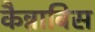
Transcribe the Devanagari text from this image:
कैन्नाबिस